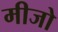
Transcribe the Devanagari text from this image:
मीजो